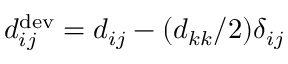
{ d } _ { i j } ^ { \mathrm { d e v } } = { d } _ { i j } - ( { d } _ { k k } / 2 ) \delta _ { i j }